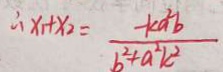
\therefore x _ { 1 } + x _ { 2 } = \frac { - k a ^ { 2 } b } { b ^ { 2 } + a ^ { 2 } K ^ { 2 } }